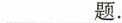
___题.